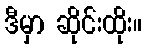
ဒီမှာ ဆိုင်းထိုး။